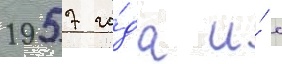
1957 го́да и́ с